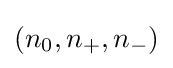
(n_{0},n_{+},n_{-})